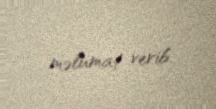
məlumat verib.